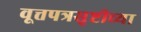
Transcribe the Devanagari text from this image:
वूत्तपत्रसृष्टीच्या